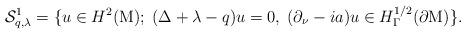
LaTeX: \begin{align*}\mathcal{S}_{q,\lambda}^1=\{ u\in H^2(\mathrm{M});\; (\Delta +\lambda -q)u=0,\; (\partial_\nu -ia)u\in H^{1/2}_\Gamma(\partial \mathrm{M})\}.\end{align*}